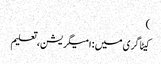
)
کیٹاگری میں : امیگریشن، تعلیم